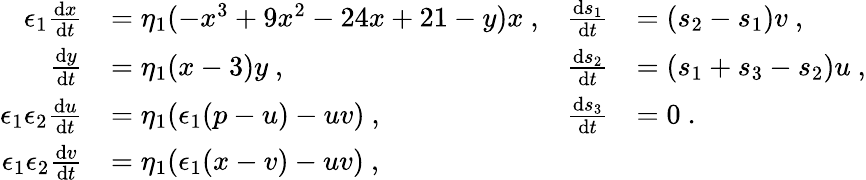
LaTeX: \begin{array}{rlrl}{\epsilon_{1}\frac{\mathrm{d}x}{\mathrm{d}t}}&{=\eta_{1}(-x^{3}+9x^{2}-24x+21-y)x\ ,}&{\frac{\mathrm{d}s_{1}}{\mathrm{d}t}}&{=(s_{2}-s_{1})v\ ,}\\ {\frac{\mathrm{d}y}{\mathrm{d}t}}&{=\eta_{1}(x-3)y\ ,}&{\frac{\mathrm{d}s_{2}}{\mathrm{d}t}}&{=(s_{1}+s_{3}-s_{2})u\ ,}\\ {\epsilon_{1}\epsilon_{2}\frac{\mathrm{d}u}{\mathrm{d}t}}&{=\eta_{1}(\epsilon_{1}(p-u)-uv)\ ,}&{\frac{\mathrm{d}s_{3}}{\mathrm{d}t}}&{=0\ .}\\ {\epsilon_{1}\epsilon_{2}\frac{\mathrm{d}v}{\mathrm{d}t}}&{=\eta_{1}(\epsilon_{1}(x-v)-uv)\ ,}\end{array}